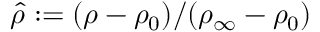
\hat { \rho } : = ( \rho - \rho _ { 0 } ) / ( \rho _ { \infty } - \rho _ { 0 } )